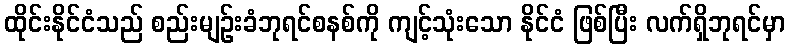
ထိုင်းနိုင်ငံသည် စည်းမျဉ်းခံဘုရင်စနစ်ကို ကျင့်သုံးသော နိုင်ငံ ဖြစ်ပြီး လက်ရှိဘုရင်မှာ